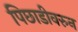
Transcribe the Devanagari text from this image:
पिछाडीवरुन